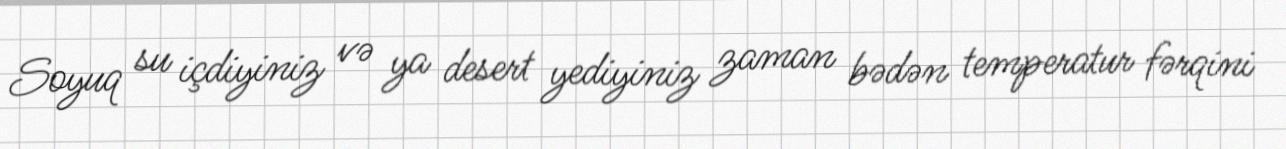
Soyuq su içdiyiniz və ya desert yediyiniz zaman bədən temperatur fərqini